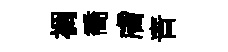
裯喬膚青